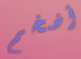
أضخم